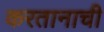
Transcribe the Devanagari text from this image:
करतानाची